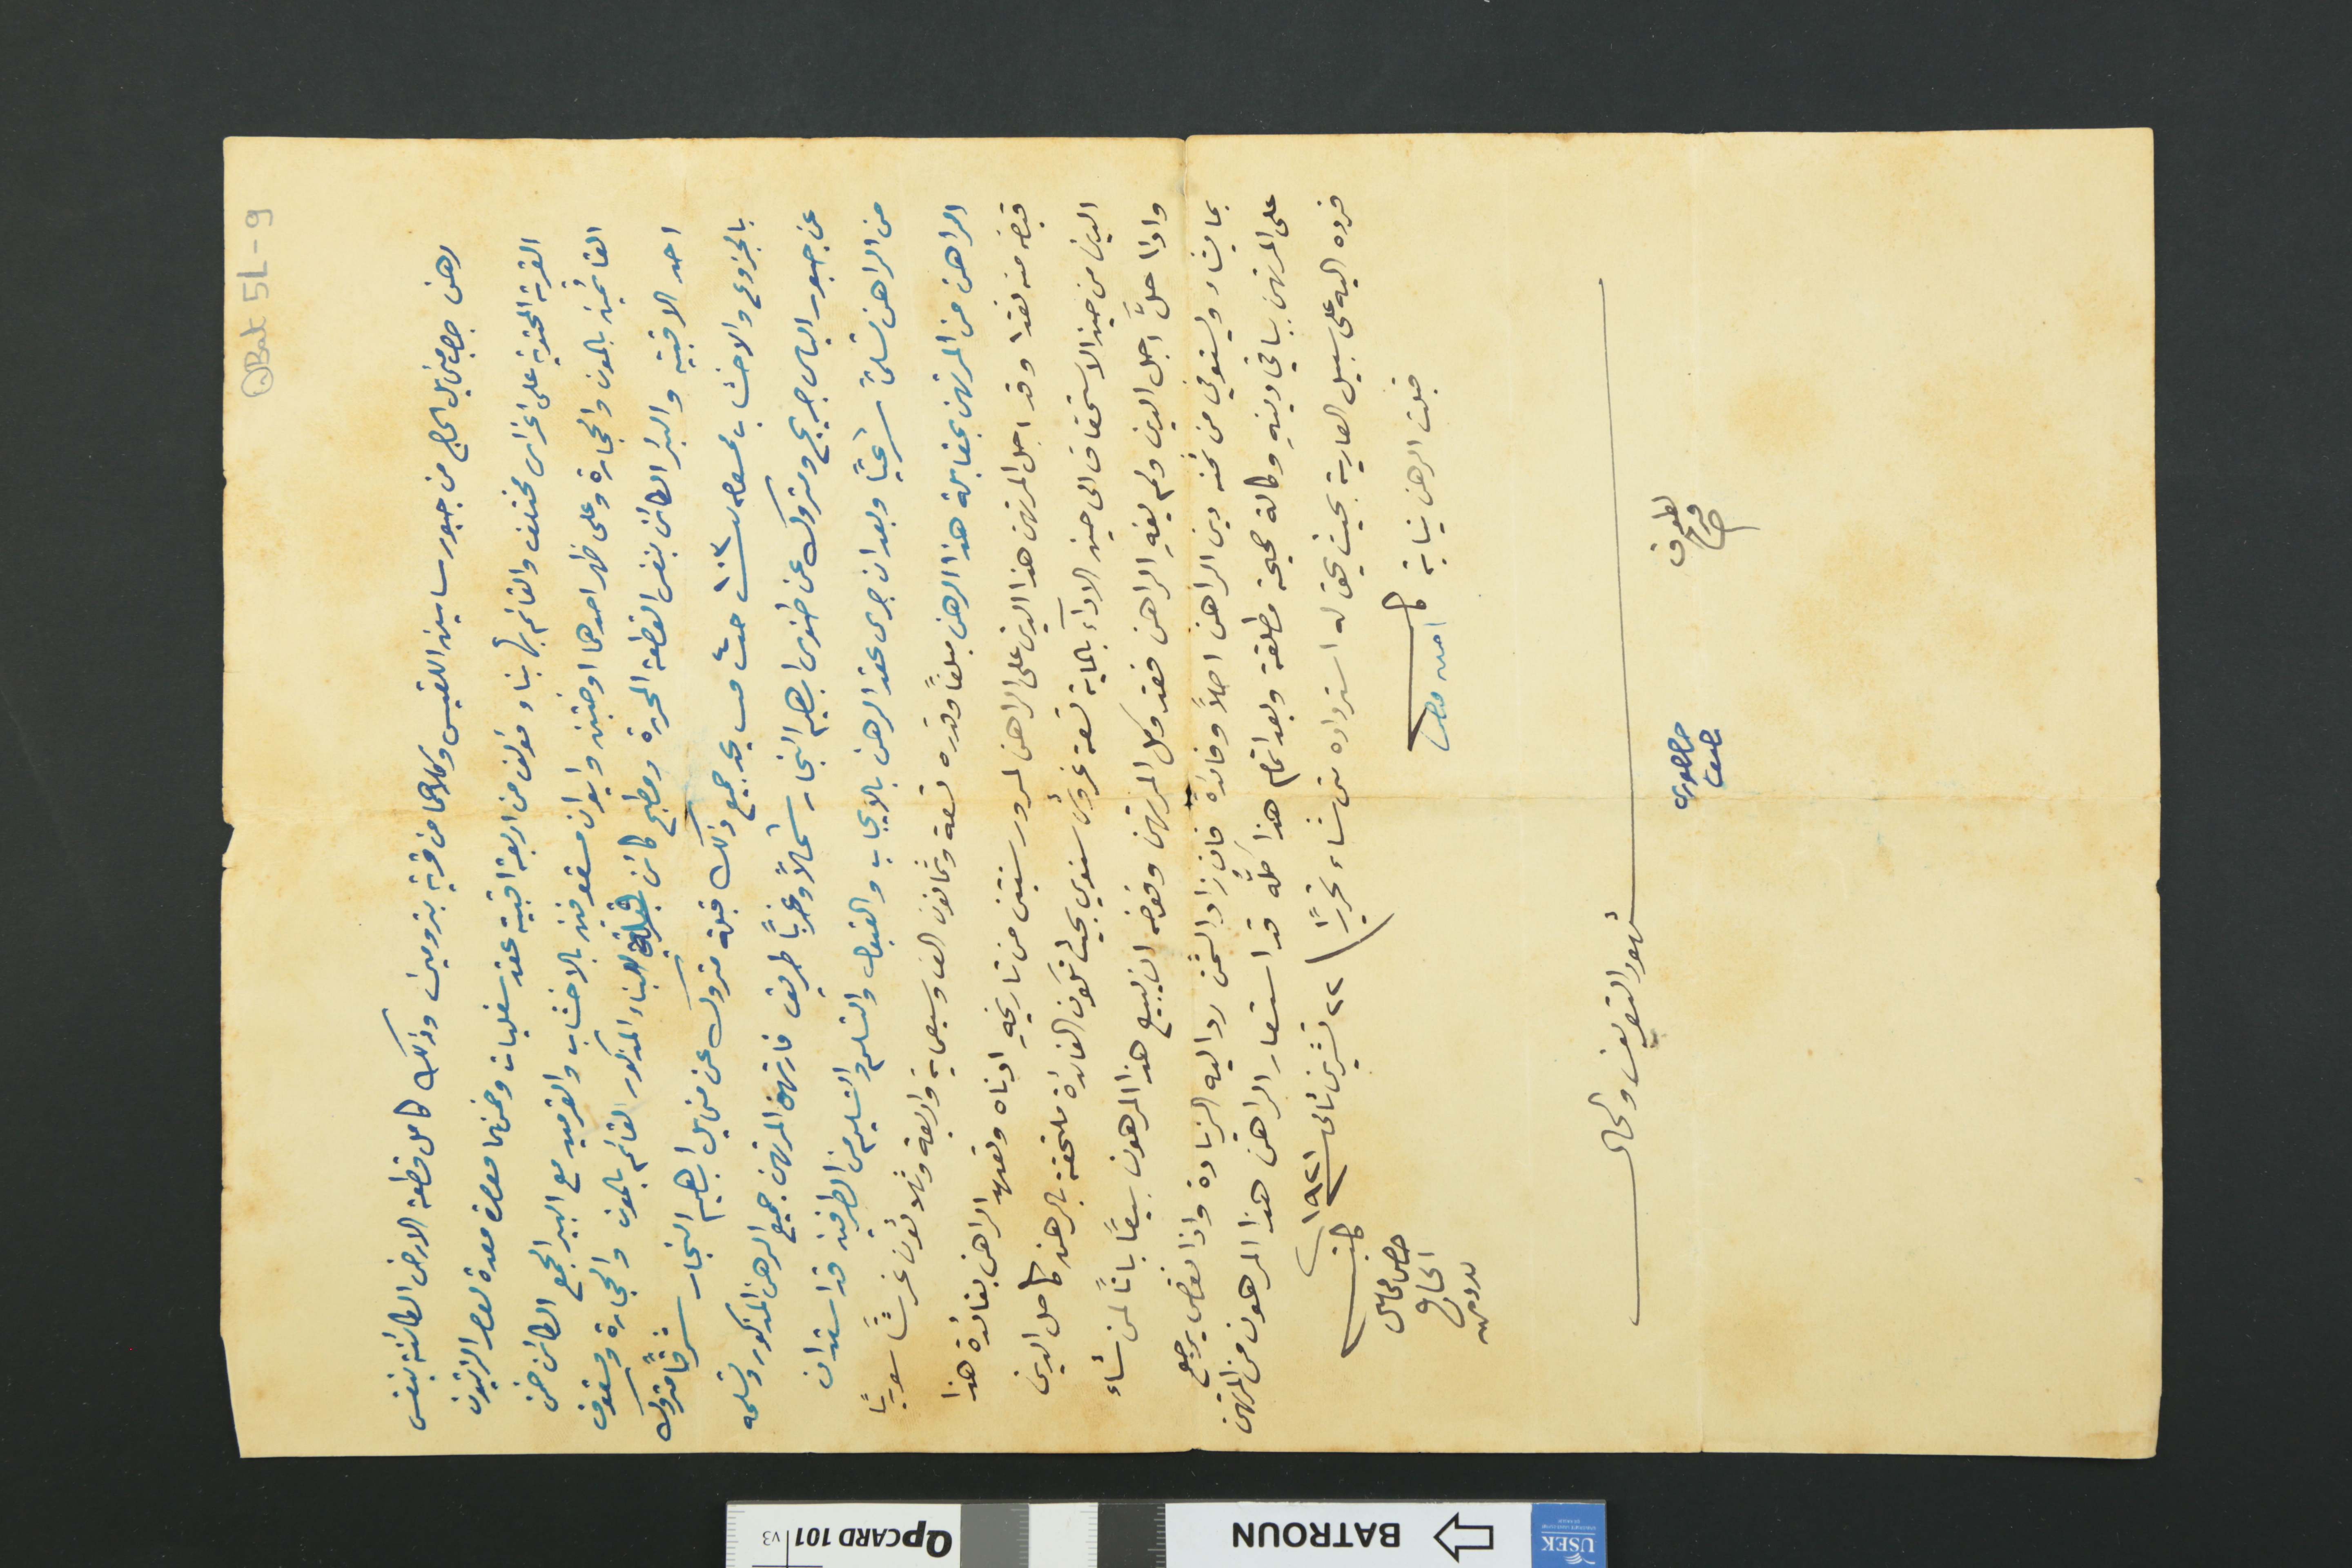
QBat 5L-9
رهن جرجس مخايل الحاج من جبور ساسين اللقيس وكلاهما من قرية بترومين وذلك كامل قطعة الارض الكائنة بنفس
القرية المحتوية على اغراس مختلف والقائم بها بناء ومؤلف من اربعة اقبية عقد سفليات وضمنها معصرة معدة لعصر الزيتون
القائمين بالمون والحجارة وعلى ظهر احدهما اوضتين وايوان مسقوفين بالاخشاب والقرميد مع البير الجمع الكائن ضمن
احد الاقبية والبئر الكائن بنفس القطعة المحررة ومطبح كائن قبالة البناء المذكور القائم بالمون والحجارة ومسقوف
بالجزوع والاخشاب ممسوح نمرو ١٠٣ حب ٤ مـ يحد جميع ذلك قبلة متروك عن مخايل ابراهيم النجار شرقاً متروك
عن جبور الياس جريج ومتروك عن طنوس ابراهيم النجار شمالاً وغرباً طريق فارتهن المرتهن جميع الرهن المذكور وتسلمه
من الراهن تسلماً شرعياً وبعد ان جرى عقد الرهن بالايجاب والقبول والتسلم والتسليم من الطرفين قد استدان
الراهن من المرتهن بمقابلة هذا الرهن مبلغاً وقدره تسعة وثمانون الف وسبعماية واربعة وثلاثون غرشاً سورياً
قبضه منه نقدا وقد اجل المرتهن هذا الدين على الراهن لمرور سنتين من تاريخهِ ادناه وتعهد الراهن بفائدة هذا
الدين من حين الاستحقاق الى حين الادآء بالماية تسعة غروش سنوي بحيث تكون الفائدة ملتحقة بالرهن كامل الدين
واذا حلَّ اجل الدين ولم يفهِ الراهن فقد وكل المرتهن وفوضه ان يبيع هذا المرهون بيعاً باتاً لمن شاء
بما يشاء ويستوفي من ثمنه دين الراهن اصلاً وفائدة فان زاد الثمن رد اليه الزيادة واذا نقص يرجع
على المرتهن بباقي دينهِ اوكالة صحيحة مطلقة وبعد اتمام هذا كلَّه قد استعار الراهن هذا المرهون من المرتهن
فرده اليه على سبيل العارية بحيث يحق له استرداده متى شاء تحريراً \ ٢٢ تشرين ثانى سنة ١٩٢١
قبلت الرهن نيابة كاتب امين وهبه
كاتب حضرمخايل الحاج بترومين
شهود التعريف والحال
لطوف فرح 	حنا خوري ناصيف